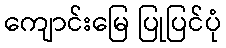
ကျောင်းမြေ ပြုပြင်ပုံ